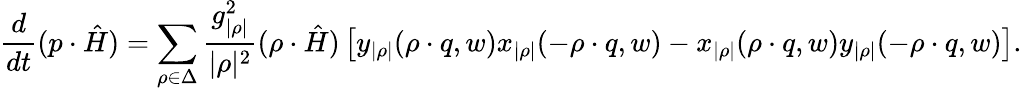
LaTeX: {\frac{d}{dt}}(p\cdot\hat{H})=\sum_{\rho\in\Delta}{\frac{g_{|\rho|}^{2}}{|\rho|^{2}}}(\rho\cdot\hat{H})\left[y_{|\rho|}(\rho\cdot q,w)x_{|\rho|}(-\rho\cdot q,w)-x_{|\rho|}(\rho\cdot q,w)y_{|\rho|}(-\rho\cdot q,w)\right].